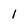
Character: 1